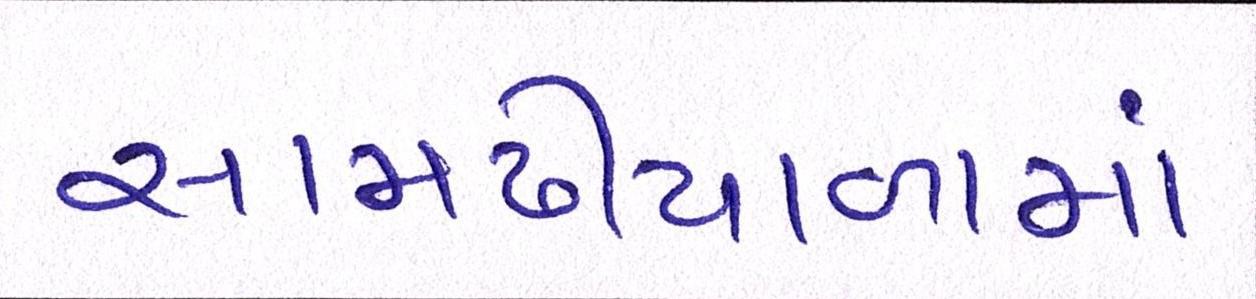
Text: સામઢીયાળામાં